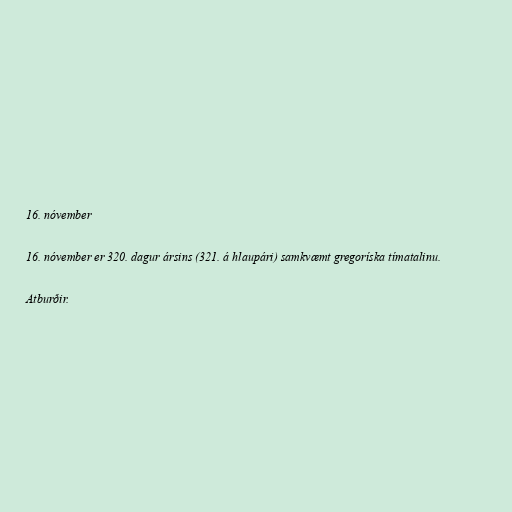
16. nóvember

16. nóvember er 320. dagur ársins (321. á hlaupári) samkvæmt gregoríska tímatalinu.

Atburðir.